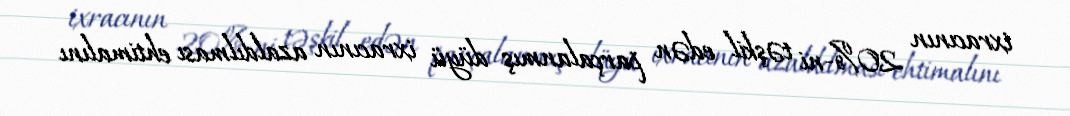
ixracının 20%-ni təşkil edən parçalanmış düyü ixracının azaldılması ehtimalını